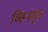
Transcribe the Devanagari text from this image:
व्हिनमूर